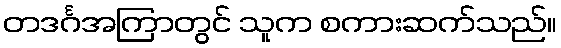
တဒင်္ဂအကြာတွင် သူက စကားဆက်သည်။